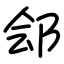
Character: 郐